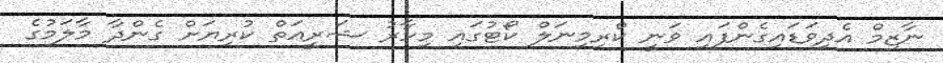
ނާޒިމް އެދިވަޑައިގެންފައި ވަނީ ކްރިމިނަލް ކޯޓުގައި މިހާރު ޝަރީޢަތް ކުރިޔަށް ގެންދާ މާލަމުގެ